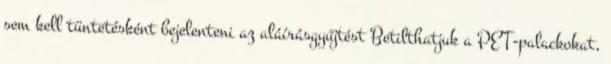
sem kell tüntetésként bejelenteni az aláírásgyűjtést Betilthatjuk a PET-palackokat,